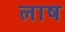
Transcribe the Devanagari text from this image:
लाष